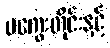
မကွေးတိုင်းနှင့်